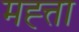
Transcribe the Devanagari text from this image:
मह्त्ता